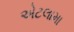
એટલામા